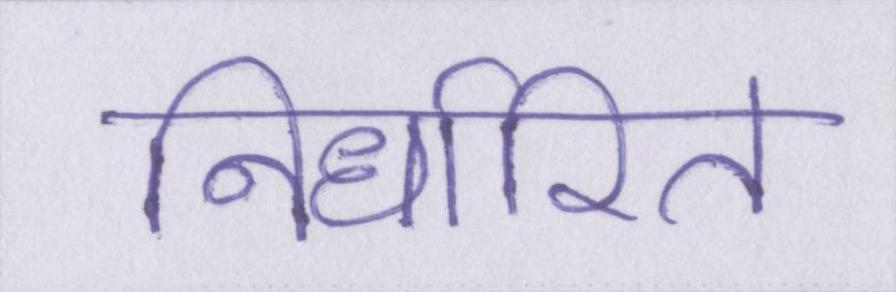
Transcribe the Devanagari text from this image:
निर्धारित